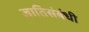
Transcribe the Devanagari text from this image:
जातिसंबंधी